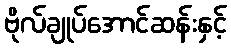
ဗိုလ်ချုပ်အောင်ဆန်းနှင့်